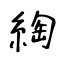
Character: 綯